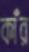
কাঁর